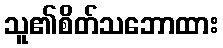
သူ၏စိတ်သဘောထား